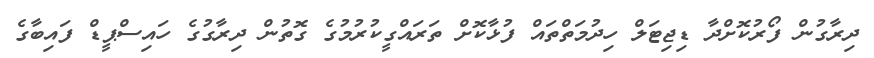
ދިރާގުން ފޯރުކޮށްދާ ޑިޖިޓަލް ހިދުމަތްތައް ފުޅާކޮށް ތަރައްގީކުރުމުގެ ގޮތުން ދިރާގުގެ ހައިސްޕީޑް ފައިބާގެ